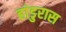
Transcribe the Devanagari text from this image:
हांडुरास